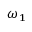
{ \boldsymbol { \omega } } _ { 1 }